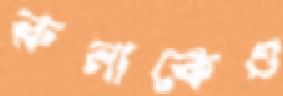
রুনাকেও